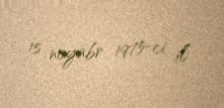
15 noyabr 1975-ci il